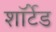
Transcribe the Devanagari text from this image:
शॉर्टेड